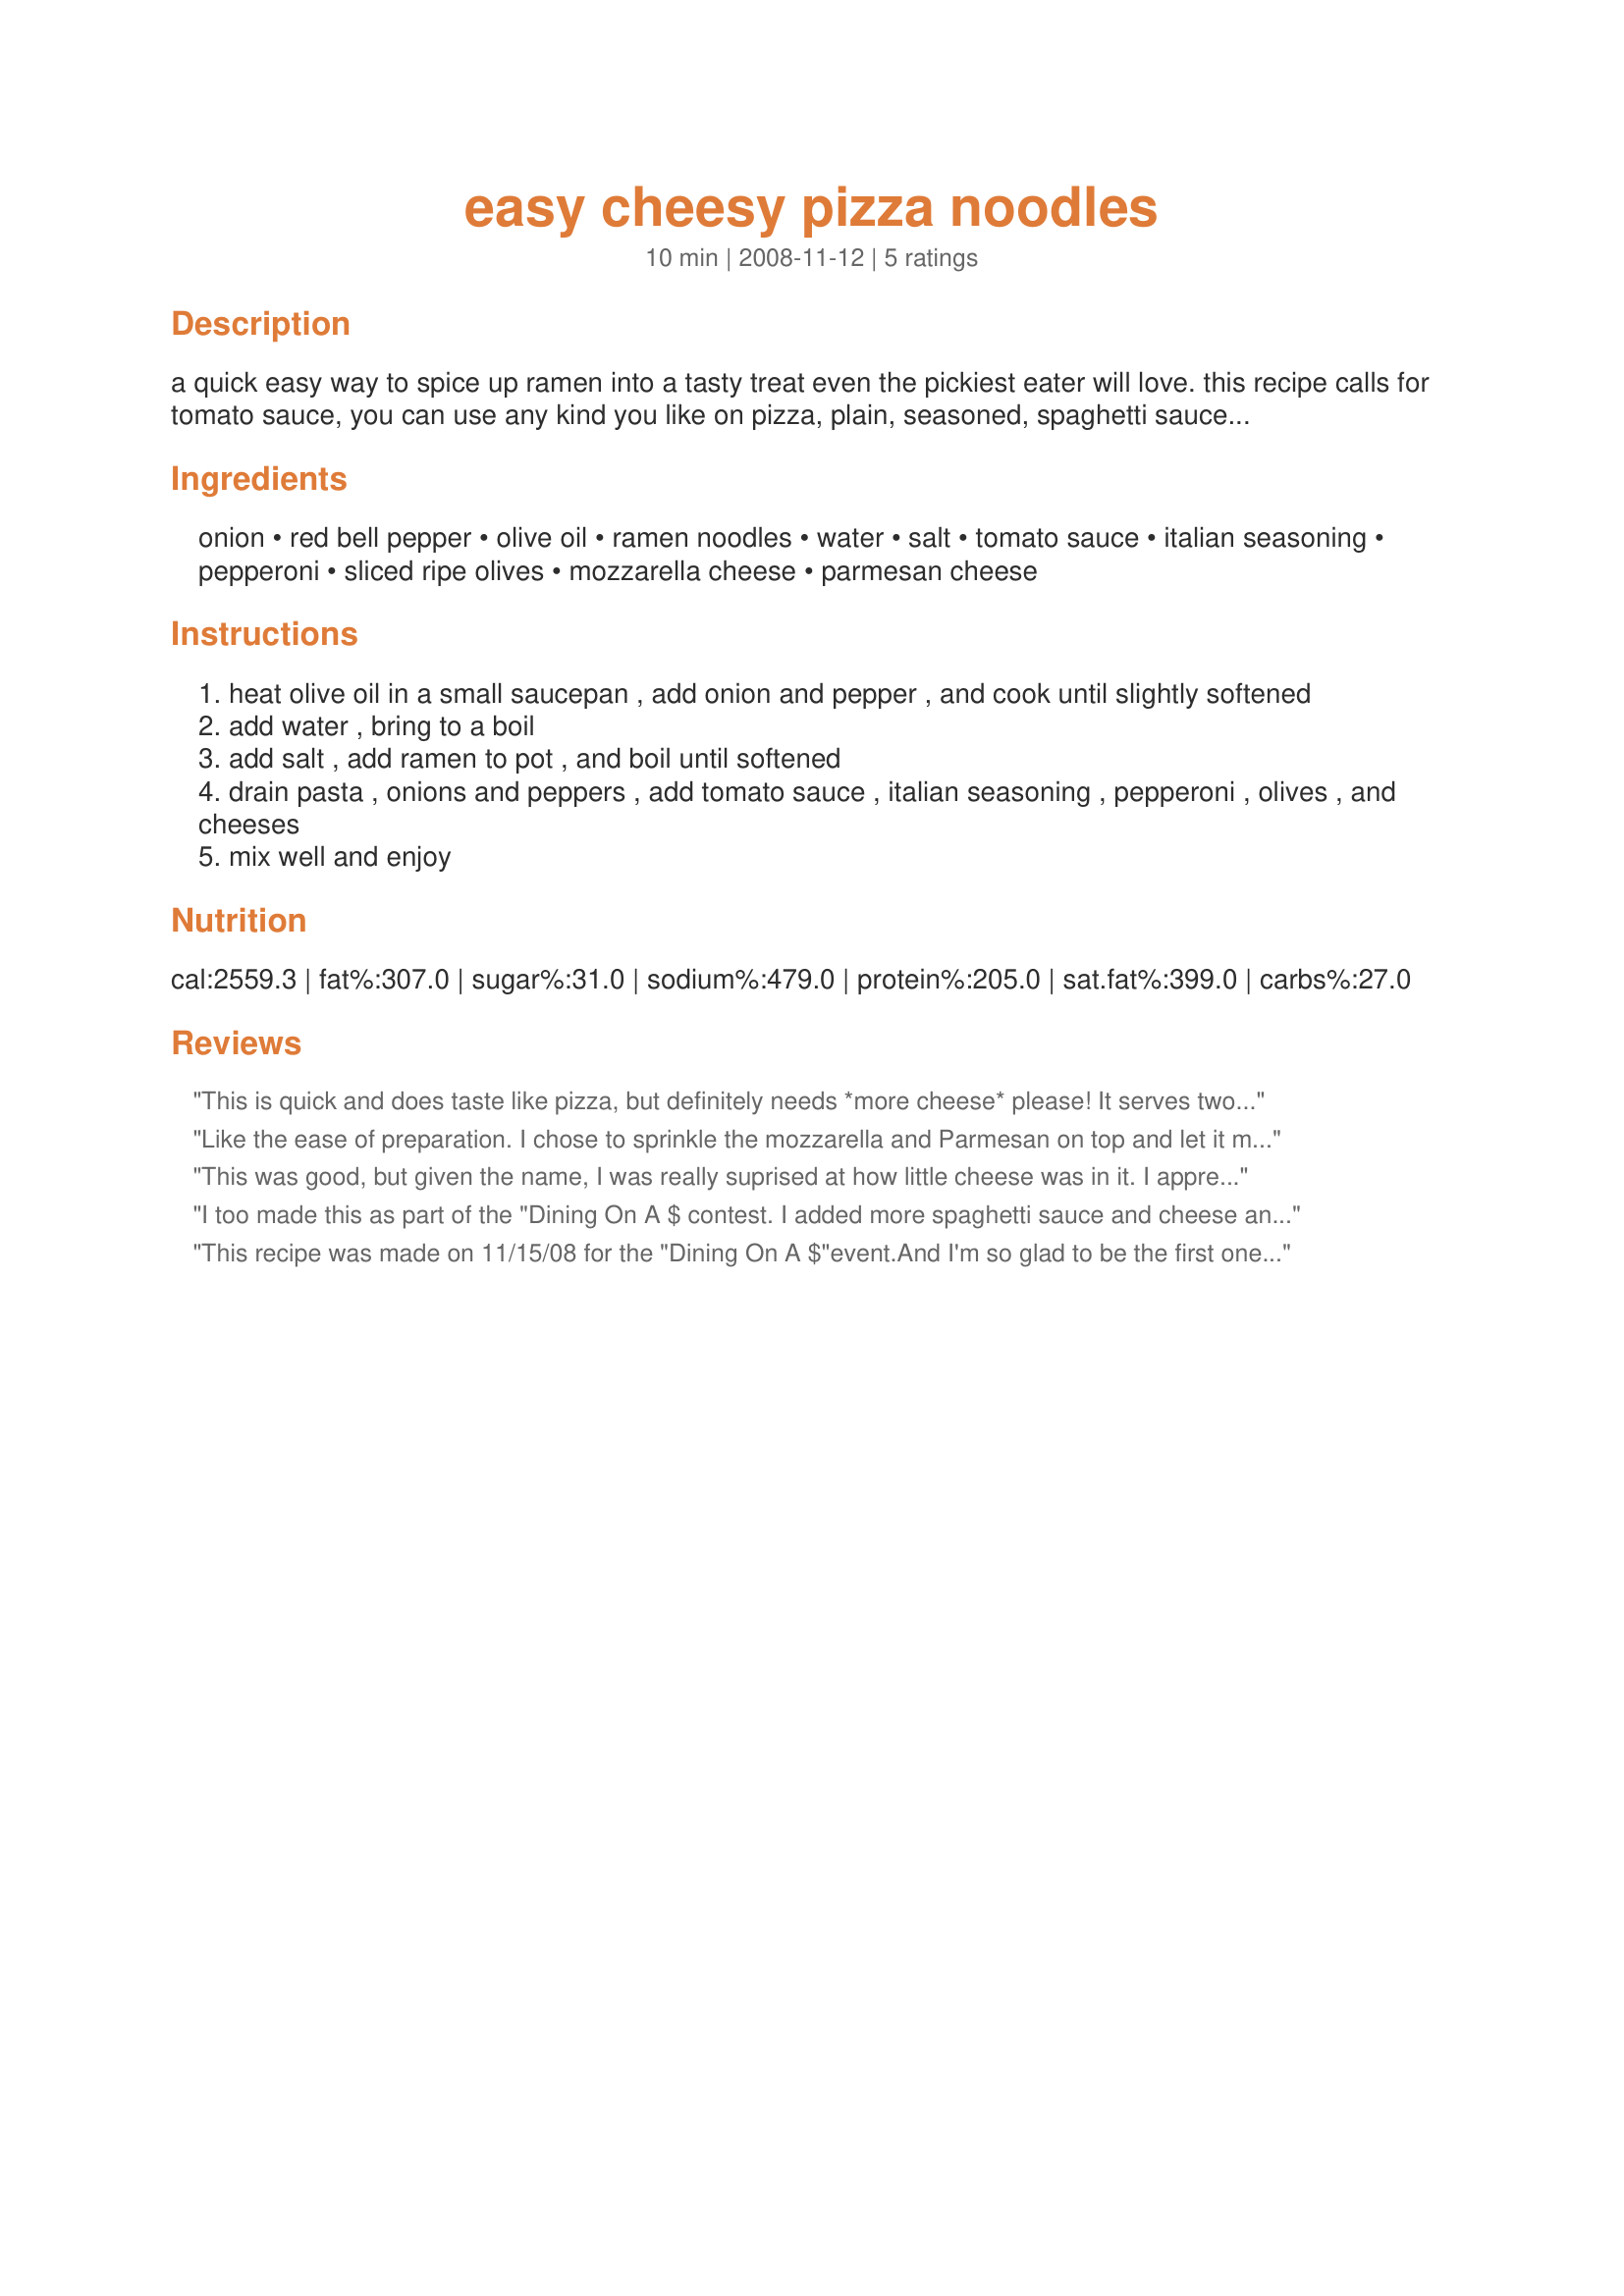
easy cheesy pizza noodles
Preparation time: 10 minutes

a quick easy way to spice up ramen into a tasty treat even the pickiest eater will love. this recipe calls for tomato sauce, you can use any kind you like on pizza, plain, seasoned, spaghetti sauce, etc. whatever you have around.

Ingredients:
onion, red bell pepper, olive oil, ramen noodles, water, salt, tomato sauce, italian seasoning, pepperoni, sliced ripe olives, mozzarella cheese, parmesan cheese

Steps:
heat olive oil in a small saucepan , add onion and pepper , and cook until slightly softened
add water , bring to a boil
add salt , add ramen to pot , and boil until softened
drain pasta , onions and peppers , add tomato sauce , italian seasoning , pepperoni , olives , and cheeses
mix well and enjoy

Reviews:
This is quick and does taste like pizza, but definitely needs *more cheese* please! It serves two people. Good luck in the contest!
Like the ease of preparation. I chose to sprinkle the mozzarella and Parmesan on top and let it melt, rather than mixing it in. I felt it would have just clumped everything up to much. Satisfies the craving for pizza without the fuss. :)
This was good, but given the name, I was really suprised at how little cheese was in it. I appreciated having such a quick and easy dinner, but nest time I will add more cheese, some garlic, and less salt. I think this would be a great dish for kids.
I too made this as part of the "Dining On A $ contest. I added more spaghetti sauce and cheese and I used it as a side dish to orange roughy. I also omitted the pepperoni as DH can't handle the spice. It was certainly a supper easy dish! Thanks for posting!
This recipe was made on 11/15/08 for the "Dining On A $"event.And I'm so glad to be the first one to rate very good recipe.While browning the meat a bit of chopped garlic was added.I didn't have any fresh red bell pepper, so while the water was boiling for the noodles a bit of freeze dried red and green peppers were added to the water.As a personal choice the black olives were omitted, aslo the the salt was left out and garlic powder was used.Other than those changes the recipe was made as directed.I did however add extra mozzerella to the finished dish. ( I love cheese :) )Thank you so much for a wonderful way to use the humble ramen noodle. This will be made again. Thanks for posting and,"Keep Smiling :)"
